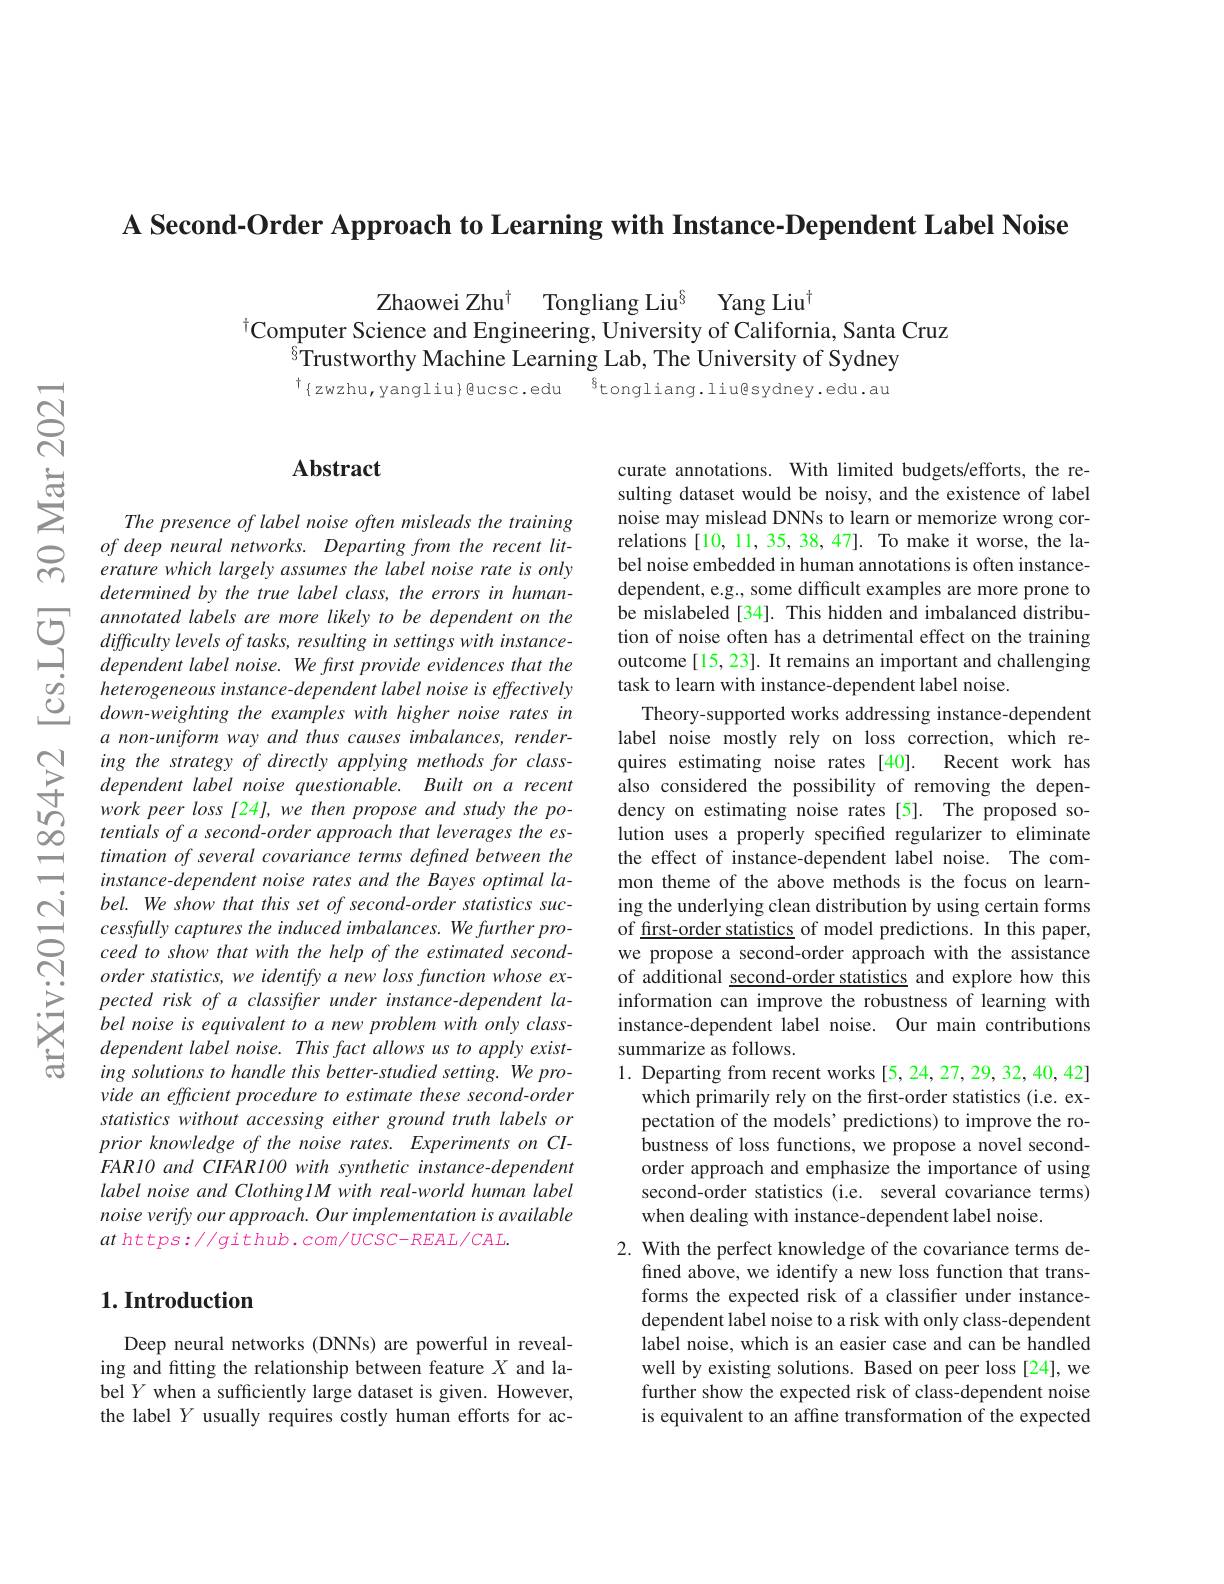
A Second-Order Approach to Learning with Instance-Dependent Label Noise

Zhaowei Zhu$^{\dagger }$ Tongliang Liu$^{\S }$ Yang Liu$^{\dagger}$
$^{\dagger}$Computer Science and Engineering, University of California, Santa Cruz
$\tilde{s}$Trustworthy Machine Learning Lab, The University of Sydney $^{\dagger}\{zwzhu,yangliu\}@ucsc.edu$ $^{6}$tongliang.liu@sydney.edu.au

## Abstract

The presence of label noise often misleads the training of deep neural networks. Departing from the recent literature which largely assumes the label noise rate is only determined by the true label class, the errors in humanannotated labels are more likely to be dependent on the difficulty levels of tasks, resulting in settings with instancedependent label noise. We frst provide evidences that the heterogeneous instance-dependent label noise is effectively down-weighting the examples with higher noise rates in a non-uniform way and thus causes imbalances, render-
ing the strategy of directly applying methods for class- quires estimating noise rates [ 40] . Recent work has dependent label noise questionable. Built on a recent also considered the possibility of removing the depen- work peer loss [ 24] , we th
tentials of a second-order approach that leverages the estimation of several covariance terms defined between the instance-dependent noise rates and the Bayes optimal label. We show that this set of second-order statistics successfully captures the induced imbalances. We further proceed to show that with the help of the estimated secondorder statistics, we identify a new loss function whose expected risk of a classifier under instance-dependent label noise is equivalent to a new problem with only classdependent label noise. This fact allows us to apply existing solutions to handle this better-studied setting. We provide an efficient procedure to estimate these second-order statistics without accessing either ground truth labels or prior knowledge of the noise rates. Experiments on CIFAR10 and CIFAR100 with synthetic instance-dependent label noise and ClothinglM with real-world human label noise verify our approach. Our implementation is available $at$ https://github.com/UCSC-REAL/CAL.

### $1. \textbf{Introduction}$

Deep neural networks (DNNs) are powerful in revealing and fitting the relationship between feature $X$ and label $Y$ when a sufficiently large dataset is given. However, the label $Y$ usually requires costly human efforts for ac-

curate annotations. With limited budgets/efforts, the resulting dataset would be noisy, and the existence of label noise may mislead DNNs to learn or memorize wrong correlations [10, 11, 35, 38, 47]. To make it worse, the label noise embedded in human annotations is often instancedependent, e.g., some difficult examples are more prone to be mislabeled[34]. This hidden and imbalanced distribution of noise often has a detrimental effect on the training outcome[15, 23]. It remains an important and challenging task to learn with instance-dependent label noise.
Theory-supported works addressing instance-dependent label noise mostly rely on loss correction, which redency on estimating noise rates[5]. The proposed solution uses a properly specified regularizer to eliminate the effect of instance-dependent label noise. The common theme of the above methods is the focus on learning the underlying clean distribution by using certain forms of first-order statistics of model predictions. In this paper, we propose a second-order approach with the assistance of additional second-order statistics and explore how this information can improve the robustness of learning with instance-dependent label noise. Our main contributions summarize as follows.
1. Departing from recent works [5,24,27,29,32,40,42]
which primarily rely on the first-order statistics (i.e. expectation of the models' predictions) to improve the robustness of loss functions, we propose a novel secondorder approach and emphasize the importance of using second-order statistics (i.e. several covariance terms) when dealing with instance-dependent label noise.
2. With the perfect knowledge of the covariance terms de-
fined above, we identify a new loss function that transforms the expected risk of a classifier under instancedependent label noise to a risk with only class-dependent label noise, which is an easier case and can be handled well by existing solutions. Based on peer loss [24], we further show the expected risk of class-dependent noise is equivalent to an affine transformation of the expected